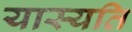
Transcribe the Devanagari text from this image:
यास्यति